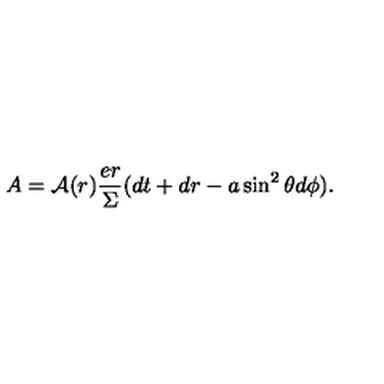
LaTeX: A = { \cal A } ( r ) \frac { e r } \Sigma ( d t + d r - a \sin ^ { 2 } \theta d \phi ) .